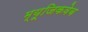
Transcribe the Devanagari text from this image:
म्यूजिकवेब